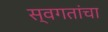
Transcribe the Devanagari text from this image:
स्वगतांचा